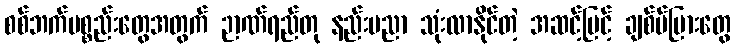
စစ်ဘက်ပစ္စည်းတွေအတွက် ဉာဏ်ရည်တု နည်းပညာ သုံးလာနိုင်တဲ့ အဆင့်မြင့် ချစ်ပ်ပြားတွေ